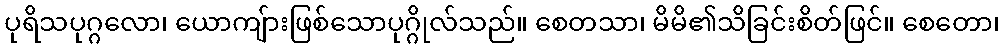
ပုရိသပုဂ္ဂလော၊ ယောကျ်ားဖြစ်သောပုဂ္ဂိုလ်သည်။ စေတသာ၊ မိမိ၏သိခြင်းစိတ်ဖြင်။ စေတော၊